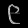
Digit: ၉